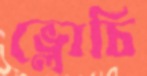
ভ্লোচি